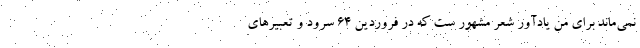
نمی‌ماند برای من یادآور شعر مشهور ست که در فروردین 64 سُرود و تعبیرهای